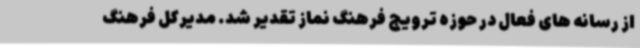
از رسانه های فعال در حوزه ترویج فرهنگ نماز تقدیر شد. مدیرکل فرهنگ